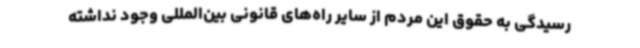
رسیدگی به حقوق این مردم از سایر راه‌های قانونی بین‌المللی وجود نداشته